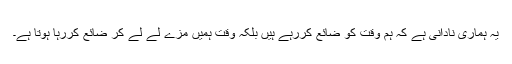
یہ ہماری نادانی ہے کہ ہم وقت کو ضائع کررہے ہیں بلکہ وقت ہمیں مزے لے لے کر ضائع کررہا ہوتا ہے۔